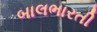
બાલભારતી